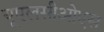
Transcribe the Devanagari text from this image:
यूएलसीओएस